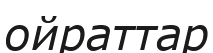
ойраттар